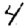
Digit: 4